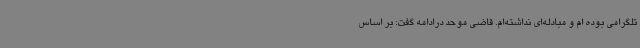
تلگرامی بوده ام و مبادله‌ای نداشته‌ام. قاضی موحد درادامه گفت: بر اساس